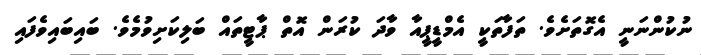
ނުކުންނަނީ އެގޮތަށެވެ. ތަފާތަކީ އެމްޑީޕީއާ ވާދަ ކުރަން އޮތް ޕާޓީތައް ބަލިކަށިވުމެވެ. ބައިބައިވެފައި